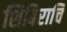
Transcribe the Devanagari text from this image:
शिबिराचि